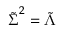
\boldsymbol { \tilde { \Sigma } } ^ { 2 } = \boldsymbol { \tilde { \Lambda } }